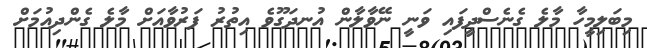
މިބަލިމީހާ މާލެ ގެނެސްދީފައި ވަނީ ނޭވާލާން އުނދަގޫވެ އިތުރު ފަރުވާއަށް މާލެ ގެންދިއުމަށް